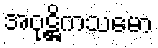
အဝုဋ္ဌိကသမော